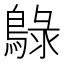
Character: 鵦